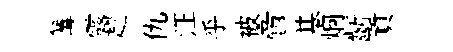
篝露趁仇汪乎被啻基炯齗貢